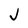
Character: J